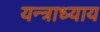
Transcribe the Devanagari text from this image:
यन्त्राध्याय